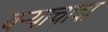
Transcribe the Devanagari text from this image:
बऱ्याचादा